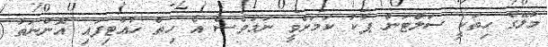
މާލޭގެ ހިތަކީ ސަލްޓަން ޕާކު ކަމަށްވީ ނަމަވެސް އެ ހިތް ހުއްޓިފައި އޮންނަތާ